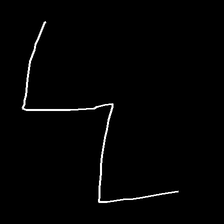
Glyph: crush